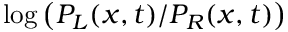
\log \left( P _ { L } ( x , t ) / P _ { R } ( x , t ) \right)